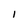
Character: I